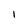
Character: I